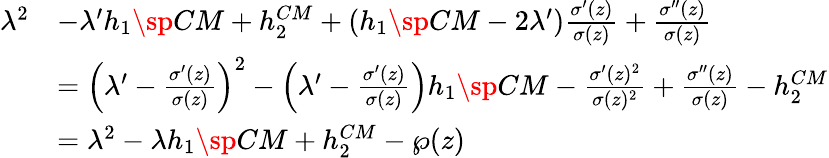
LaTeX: \begin{array}{rl}{{\lambda^{2}}}&{{-\lambda^{\prime}h_{1}\sp{CM}+h_{2}^{CM}+(h_{1}\sp{CM}-2\lambda^{\prime}){\frac{\sigma^{\prime}(z)}{\sigma(z)}}+{\frac{\sigma^{\prime\prime}(z)}{\sigma(z)}}}}\\ {{}}&{{=\left(\lambda^{\prime}-{\frac{\sigma^{\prime}(z)}{\sigma(z)}}\right)^{2}-\left(\lambda^{\prime}-{\frac{\sigma^{\prime}(z)}{\sigma(z)}}\right)h_{1}\sp{CM}-{\frac{\sigma^{\prime}(z)^{2}}{\sigma(z)^{2}}}+{\frac{\sigma^{\prime\prime}(z)}{\sigma(z)}}-h_{2}^{CM}}}\\ {{}}&{{=\lambda^{2}-\lambda h_{1}\sp{CM}+h_{2}^{CM}-\wp(z)}}\end{array}